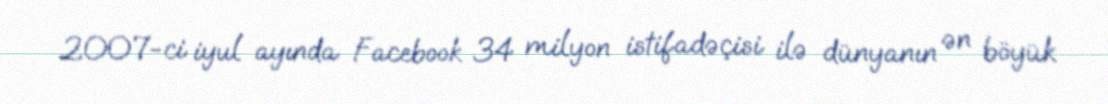
2007-ci iyul ayında Facebook 34 milyon istifadəçisi ilə dünyanın ən böyük